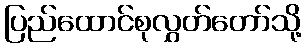
ပြည်ထောင်စုလွှတ်တော်သို့